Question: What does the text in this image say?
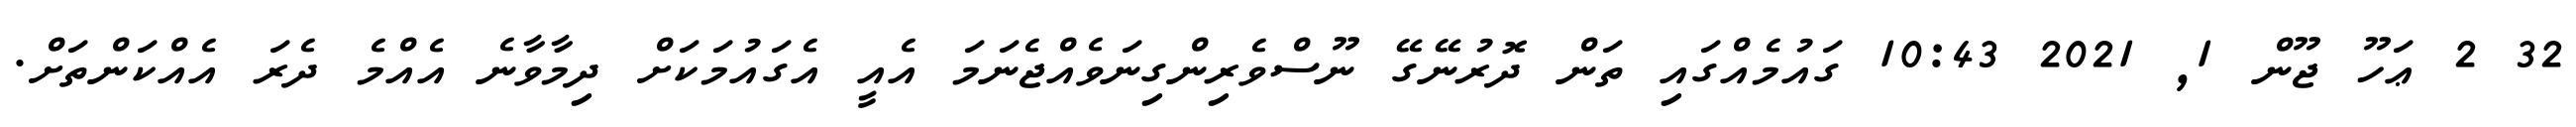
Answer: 32 2 ޢަހޫ ޖޫން 1, 2021 10:43 ގައުމެއްގައި ތަން ދޮރުނޭގޭ ނޫސްވެރިންގިނަވެއްޖެނަމަ އެއީ އެގައުމަކަށް ދިމާވާނެ އެއްމެ ދެރަ އެއްކަންތަށް.